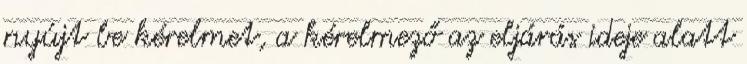
nyújt be kérelmet, a kérelmező az eljárás ideje alatt